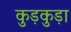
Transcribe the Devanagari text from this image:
कुड़कुड़ा